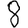
Digit: 8